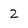
Character: 2